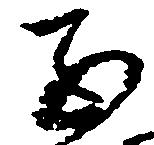
子